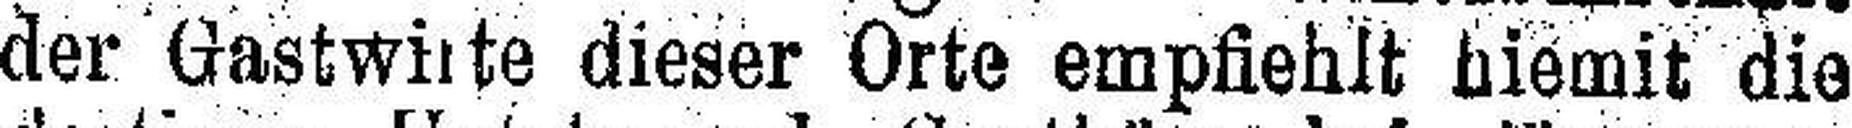
der Gastwirte dieser Orte empfiehlt hiemit die